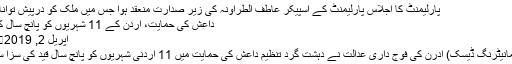
پارلیمنٹ کا اجلاس پارلیمنٹ کے اسپیکر عاطف الطراونہ کی زیر صدارت منعقد ہوا جس میں ملک کو درپیش توانائی …
داعش کی حمایت، اردن کے 11 شہریوں کو پانچ سال کی سزا
اپریل 2, 2019	150
عمان(مانیٹرنگ ڈیسک) ادرن کی فوج داری عدالت نے دہشت گرد تنظیم داعش کی حمایت میں 11 اردنی شہریوں کو پانچ سال قید کی سزا سنا دی۔